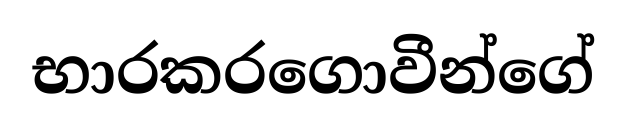
භාරකරගොවීන්ගේ